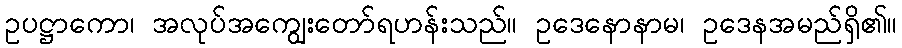
ဥပဋ္ဌာကော၊ အလုပ်အကျွေးတော်ရဟန်းသည်။ ဥဒေနောနာမ၊ ဥဒေနအမည်ရှိ၏။